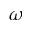
\omega